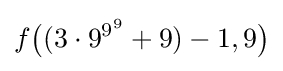
f{\big (}(3\cdot 9^{9^{9}}+9)-1,9{\big )}